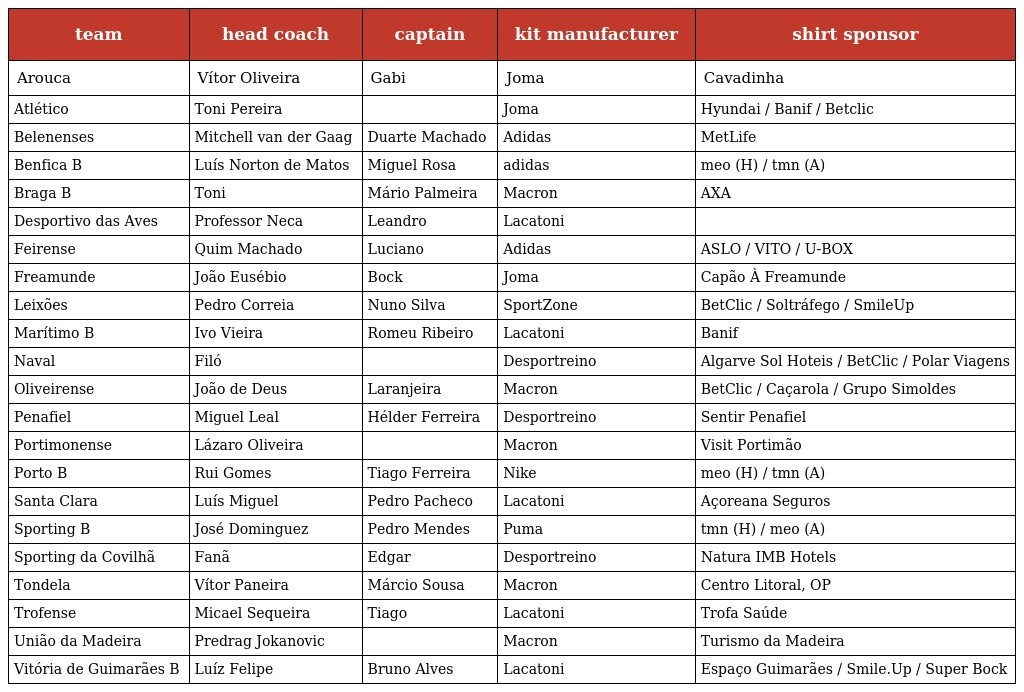
| team | head coach | captain | kit manufacturer | shirt sponsor |
 | --- | --- | --- | --- | --- |
 | Arouca | Vítor Oliveira | Gabi | Joma | Cavadinha |
 | Atlético | Toni Pereira |  | Joma | Hyundai / Banif / Betclic |
 | Belenenses | Mitchell van der Gaag | Duarte Machado | Adidas | MetLife |
 | Benfica B | Luís Norton de Matos | Miguel Rosa | adidas | meo (H) / tmn (A) |
 | Braga B | Toni | Mário Palmeira | Macron | AXA |
 | Desportivo das Aves | Professor Neca | Leandro | Lacatoni |  |
 | Feirense | Quim Machado | Luciano | Adidas | ASLO / VITO / U-BOX |
 | Freamunde | João Eusébio | Bock | Joma | Capão À Freamunde |
 | Leixões | Pedro Correia | Nuno Silva | SportZone | BetClic / Soltráfego / SmileUp |
 | Marítimo B | Ivo Vieira | Romeu Ribeiro | Lacatoni | Banif |
 | Naval | Filó |  | Desportreino | Algarve Sol Hoteis / BetClic / Polar Viagens |
 | Oliveirense | João de Deus | Laranjeira | Macron | BetClic / Caçarola / Grupo Simoldes |
 | Penafiel | Miguel Leal | Hélder Ferreira | Desportreino | Sentir Penafiel |
 | Portimonense | Lázaro Oliveira |  | Macron | Visit Portimão |
 | Porto B | Rui Gomes | Tiago Ferreira | Nike | meo (H) / tmn (A) |
 | Santa Clara | Luís Miguel | Pedro Pacheco | Lacatoni | Açoreana Seguros |
 | Sporting B | José Dominguez | Pedro Mendes | Puma | tmn (H) / meo (A) |
 | Sporting da Covilhã | Fanã | Edgar | Desportreino | Natura IMB Hotels |
 | Tondela | Vítor Paneira | Márcio Sousa | Macron | Centro Litoral, OP |
 | Trofense | Micael Sequeira | Tiago | Lacatoni | Trofa Saúde |
 | União da Madeira | Predrag Jokanovic |  | Macron | Turismo da Madeira |
 | Vitória de Guimarães B | Luíz Felipe | Bruno Alves | Lacatoni | Espaço Guimarães / Smile.Up / Super Bock |